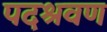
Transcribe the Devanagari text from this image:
पदश्रवण